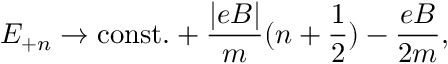
E _ { + n } \rightarrow \mathrm { c o n s t . } + \frac { | e B | } { m } ( n + { \frac { 1 } { 2 } } ) - \frac { e B } { 2 m } ,